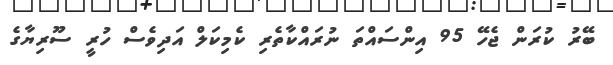
ބޭރު ކުރަން ޖެހޭ 95 އިންސައްތަ ނުރައްކާތެރި ކެމިކަލް އަދިވެސް ހުރީ ސޫރިޔާގެ